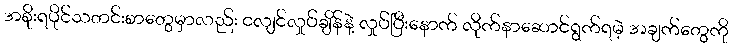
အစိုးရပိုင်သတင်းစာတွေမှာလည်း ငလျင်လှုပ်ချိန်နဲ့ လှုပ်ပြီးနောက် လိုက်နာဆောင်ရွက်ရမဲ့ အချက်တွေကို